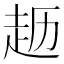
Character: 𫎱